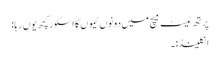
پرتھ ٹیسٹ میچ میں دونوں ٹیموں کا اسکور کچھ یوں رہا:
انگلینڈ:۔